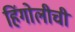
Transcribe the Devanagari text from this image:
हिंगोलीची